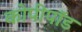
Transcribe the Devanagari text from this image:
कोपीपॉड